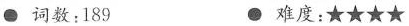
●词数:189 ● 难度:★★★★